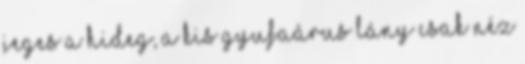
jeges a hideg, a kis gyufaárus lány csak néz